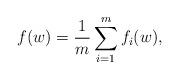
LaTeX: \begin{align*} f(w) = \frac{1}{m}\sum_{i=1}^m f_i(w),\end{align*}